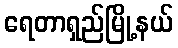
ရေတာရှည်မြို့နယ်